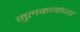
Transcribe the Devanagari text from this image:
मुलकणांच्या